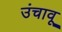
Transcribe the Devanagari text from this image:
उंचावू